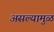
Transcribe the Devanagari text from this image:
असल्यामुळं